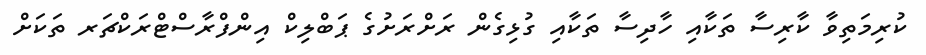
ކުރިމަތިވާ ކާރިސާ ތަކާއި ހާދިސާ ތަކާއި ގުޅިގެން ރަށްރަށުގެ ޕަބްލިކް އިންފްރާސްޓްރަކްޗަރ ތަކަށް